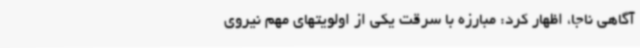
آگاهی ناجا، اظهار کرد: مبارزه با سرقت یکی از اولویتهای مهم نیروی